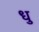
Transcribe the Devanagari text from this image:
धु